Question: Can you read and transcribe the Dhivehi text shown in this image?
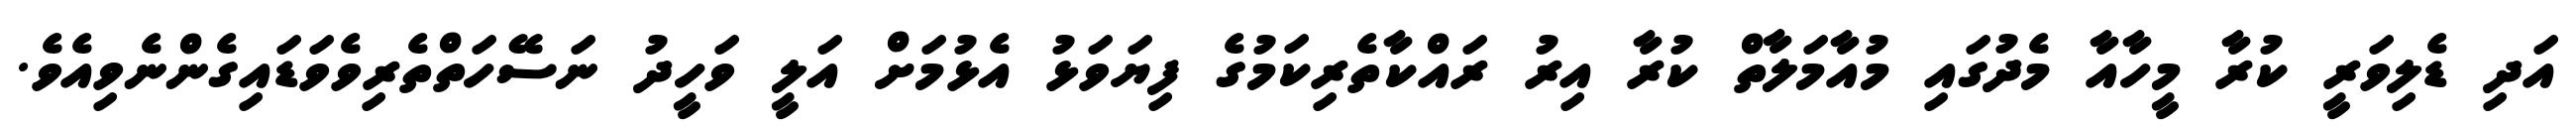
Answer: އަދި ޑެލިވަރީ ކުރާ މީހާއާ މެދުގައި މުއާމަލާތް ކުރާ އިރު ރައްކާތެރިކަމުގެ ފިޔަވަޅު އެޅުމަށް އަލީ ވަހީދު ނަސޭހަތްތެރިވެވަޑައިގެންނެވިއެވެ.